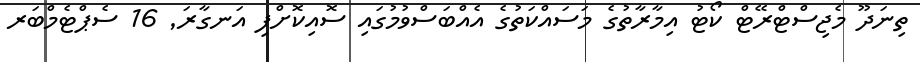
ތިނަދޫ މެޖިސްޓްރޭޓް ކޯޓު އިމާރާތުގެ މަސައްކަތުގެ އެއްބަސްވުމުގައި ސޮއިކޮށްފި އަނގާރަ